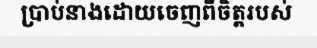
ប្រាប់នាងដោយចេញពីចិត្តរបស់